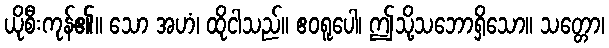
ယိုစီးကုန်၏။ သော အဟံ၊ ထိုငါသည်။ ဧဝရူပေါ၊ ဤသို့သဘောရှိသော။ သတ္တော၊